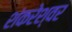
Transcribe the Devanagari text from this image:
शंकरेश्वर